Annual administration report of the Bombay Presidency - 1887-1892
Year: 1887
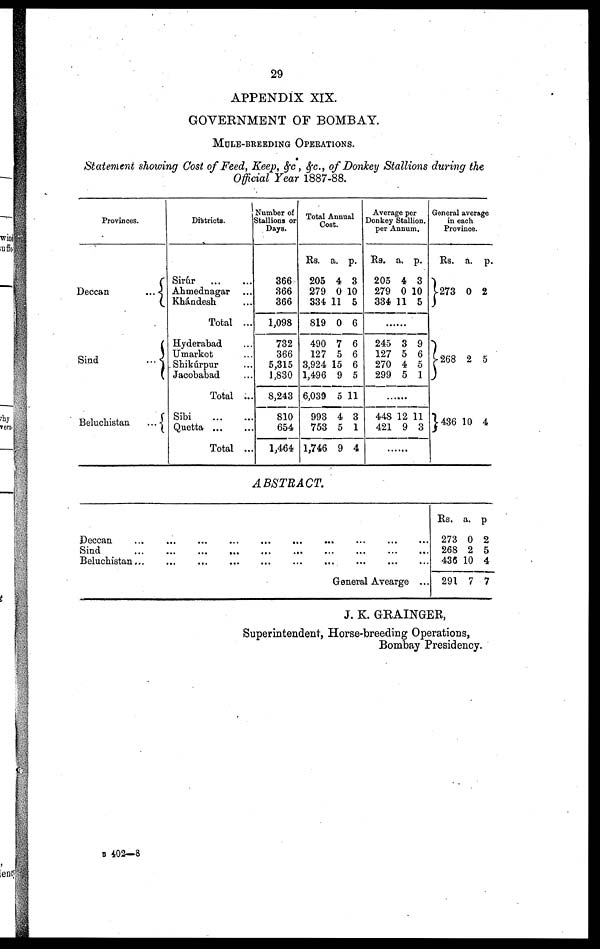
29
APPENDIX XIX.
GOVERNMENT OF BOMBAY.
MULE-BREEDING OPERATIONS.
Statement showing Cost of Feed, Keep, &c , &c., of Donkey Stallions during the
Official Year 1887-88.
Provinces.
Deccan
...
Sind
...
Beluchistan
...
Districts.
Sirúr ... ...
Ahmednagar ...
Khándesh ...
Total ...
Hyderabad ...
Umarkot ...
Shikúrpur ...
Jacobabad ...
Total ...
Sibi
...
...
Quetta ... ...
Total ...
Number of
Stallions or
Days.
366
366
366
1,098
732
366
5,315
1,830
8,243
810
654
1,464
Total Annual
Cost.
Rs.
205
279
334
819
490
127
3,924
1,496
6,039
993
753
1,746
a.
4
0
11
0
7
5
15
9
5
4
5
9
p.
3
10
5
6
6
6
6
5
11
3
1
4
Average per
Donkey Stallion.
per Annum.
Rs.
205
279
334
a.
4
0
11
p.
3
10
5
......
245
127
270
299
3
5
4
5
9
6
5
1
......
448
421
12
9
11
3
......
General average
in each
Province.
Rs.
273
268
436
a.
0
2
10
p.
2
5
4
ABSTRACT.
Deccan ... ... ... ... ... ... ... ... ... ...
Sind ... ... ... ... ... ... ... ... ... ...
Beluchistan... ... ... ... ... ... ... ... ... ...
General Avearge ...
Rs.
273
268
436
291
a.
0
2
10
7
p.
2
5
4
7
J. K. GRAINGER,
Superintendent, Horse-breeding Operations,
Bombay Presidency.
B 402—8